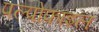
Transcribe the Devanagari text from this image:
पल्पोफाइल